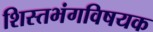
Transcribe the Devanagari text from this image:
शिस्तभंगविषयक